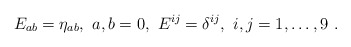
\begin{align*}E_{ab}=\eta_{ab}, \ a,b=0, \ E^{ij}=\delta^{ij}, \ i,j=1,\dots,9 \ .\end{align*}